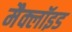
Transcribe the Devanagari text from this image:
मैक्लॉइड